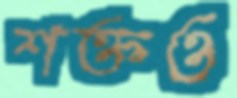
শক্তও